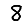
Digit: 8